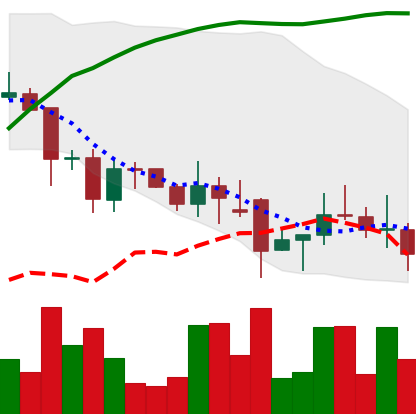
Ticker: DOGE-USD
Chart end date: 2021-12-03
Forward return: -10.421%
Label: down_7plus